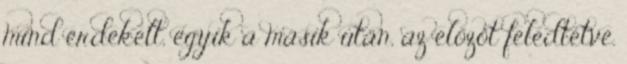
mind érdekelt, egyik a másik után, az előzőt feledtetve.